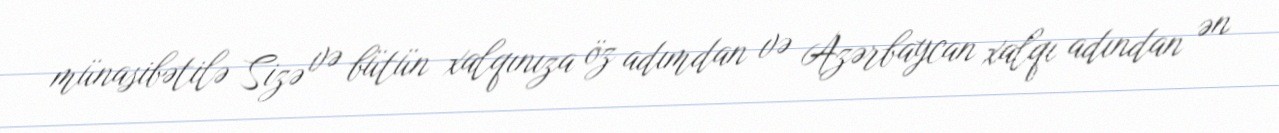
münasibətilə Sizə və bütün xalqınıza öz adımdan və Azərbaycan xalqı adından ən